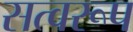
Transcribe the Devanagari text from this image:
सत्वरूप